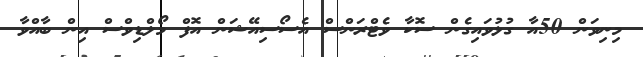
މިނިވަން 50އާ ގުޅުވައިގެން ސޮކާ ވެޓްރަންސް އެސޯސިއޭޝަން އޮފް މޯލްޑިވްސް އިން ބާއްވާ